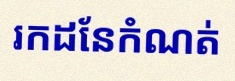
រកដែនកំណត់